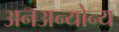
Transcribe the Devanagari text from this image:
अनअन्‍योन्‍य